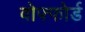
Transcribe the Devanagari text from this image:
वोफ्फोर्ड